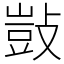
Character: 敱